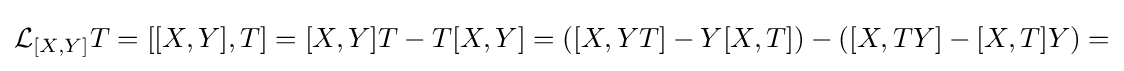
{\mathcal {L}}_{[X,Y]}T=[[X,Y],T]=[X,Y]T-T[X,Y]=([X,YT]-Y[X,T])-([X,TY]-[X,T]Y)=